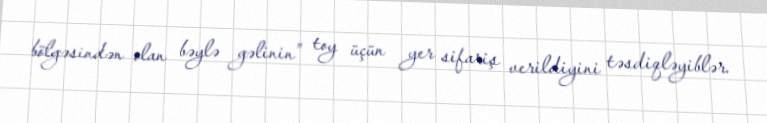
bölgəsindən olan bəylə gəlinin” toy üçün yer sifariş verildiyini təsdiqləyiblər.